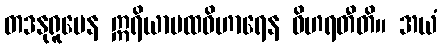
တဒနုရူပေန ဣရိယာပထဝိဟာရေန ဝိဟရတီတိ။ အယံ